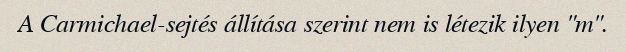
A Carmichael-sejtés állítása szerint nem is létezik ilyen "m".